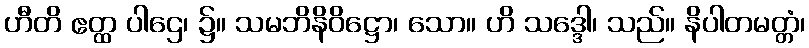
ဟီတိ ဧတ္ထ ပါဌေ၊ ၌။ သမဘိနိဝိဋ္ဌော၊ သော။ ဟိ သဒ္ဒေါ၊ သည်။ နိပါတမတ္တံ၊